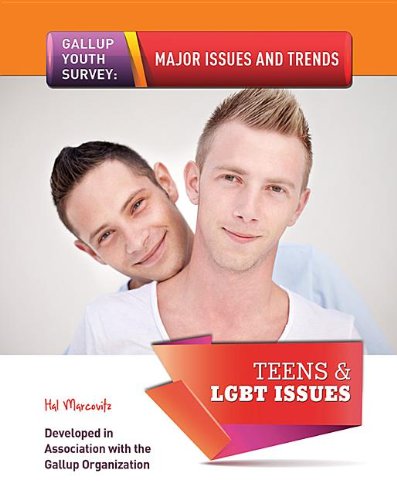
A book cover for Teens & LGBT Issues (Gallup Youth Survey : Major Issues and Trends); Hal Marcovitz; Teen & Young Adult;